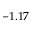
- 1 . 1 7